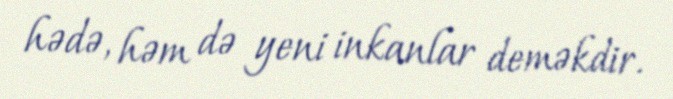
hədə, həm də yeni inkanlar deməkdir.